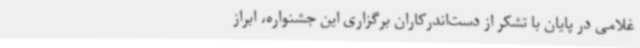
غلامی در پایان با تشکر از دست‌اندرکاران برگزاری این جشنواره، ابراز